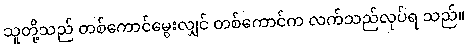
သူတို့သည် တစ်ကောင်မွေးလျှင် တစ်ကောင်က လက်သည်လုပ်ရ သည်။